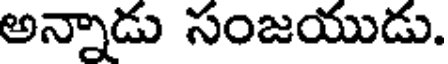
అన్నాడు సంజయుడు.